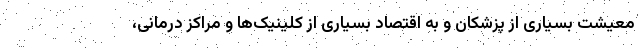
معیشت بسیاری از پزشکان و به اقتصاد بسیاری از کلینیک‌ها و مراکز درمانی،